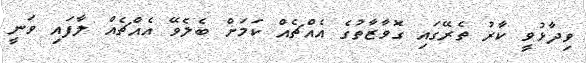
ވިދާޅުވީ ކާރު ތެރޭގައި ގޮވާޒާތުގެ އެއްޗެއް ކަމަށް ބެލެވޭ އެއްޗެއް ލާފައި ވަނީ